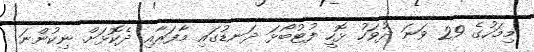
މިމަހުގެ 29 ވަނަ ދުވަހު ޅޮހީ ފުޓުބޯޅަ ދަނޑުގައި މާފަރާއި ދެކޮޅަށް ނިކުންނަ